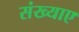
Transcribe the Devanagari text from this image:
संख्याए